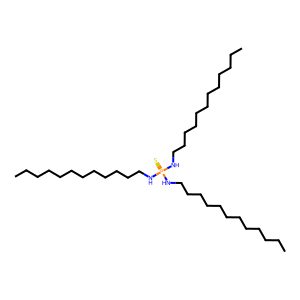
SMILES: CCCCCCCCCCCCNP(=S)(NCCCCCCCCCCCC)NCCCCCCCCCCCC
Inhibits HIV replication: No